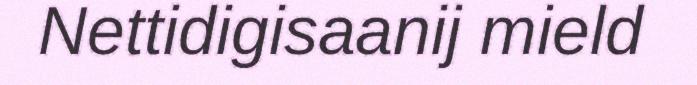
Nettidigisaanij mield